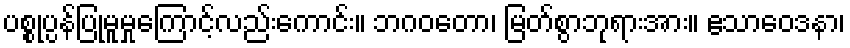
ပစ္စုပ္ပန်ပြုမူမှုကြောင့်လည်းကောင်း။ ဘဂဝတော၊ မြတ်စွာဘုရားအား။ ဧသာဝေဒနာ၊